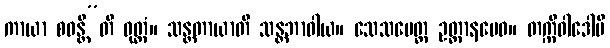
ကာယာ စဝန္တီ”တိ ဝုတ္တံ။ သန္တတာယာတိ သန္တဘာဝါယ။ သေသမေတ္ထ ဥတ္တာနမေဝ။ တက္ကီဝါဒေါပိ